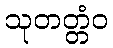
သုတတ္တံဝ